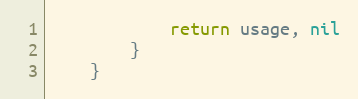
Language: Go
			return usage, nil
		}
	}